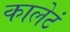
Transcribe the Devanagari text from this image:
कालेटं